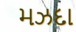
મઝદા